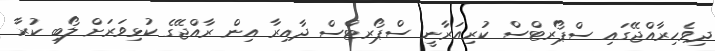
ދިވެހިރާއްޖޭގައި ސްޕޯރޓްސް ކުރިއަރާނީ ސްޕޯރޓްްސް ދާއިރާ އިން ރާއްޖޭގެ ކުޅިވަރަށް ލޯބި ކުރާ